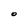
Character: O